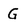
Character: G